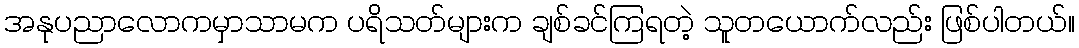
အနုပညာလောကမှာသာမက ပရိသတ်များက ချစ်ခင်ကြရတဲ့ သူတယောက်လည်း ဖြစ်ပါတယ်။